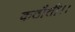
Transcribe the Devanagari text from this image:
कठौती।।